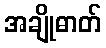
အချိုဓာတ်